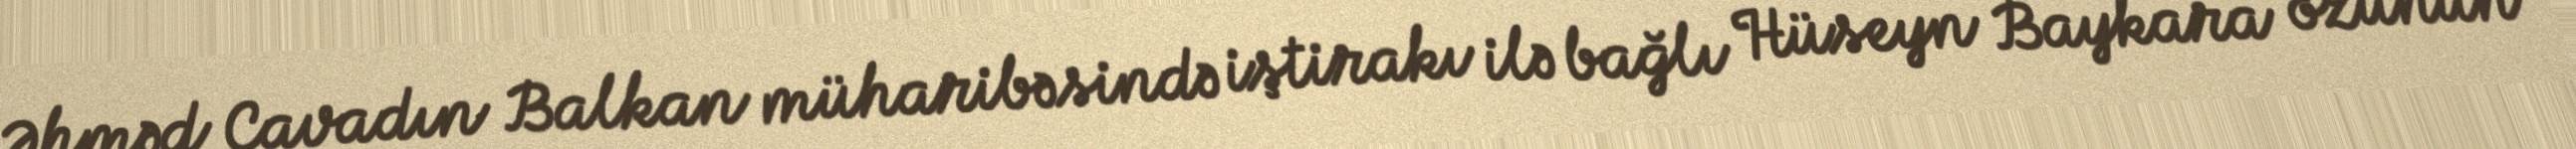
Əhməd Cavadın Balkan müharibəsində iştirakı ilə bağlı Hüseyn Baykara özünün